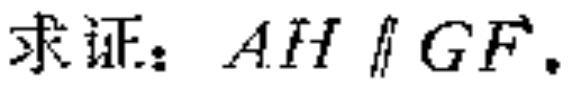
求证：$AH\parallel GF$.